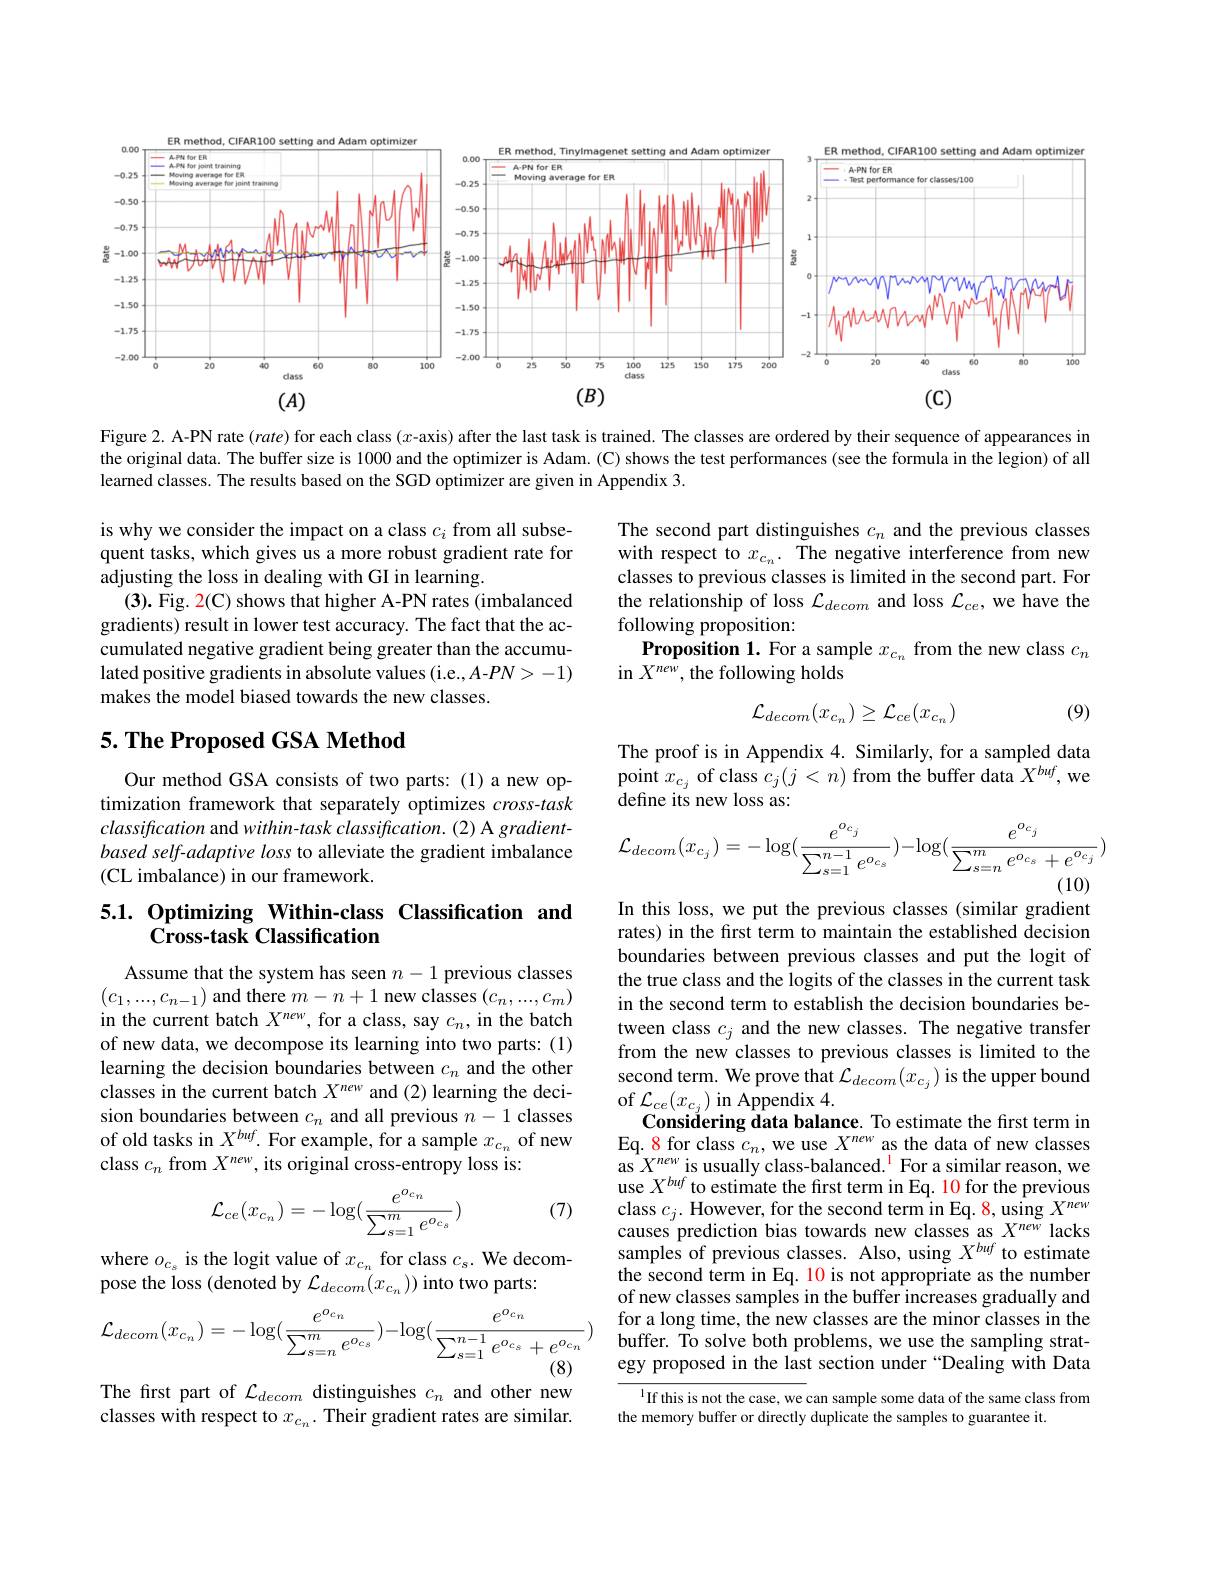
<FigureHere>

Figure 2. A-PN rate (rate) for each class $(x$-axis) after the last task is trained. The classes are ordered by their sequence of appearances in the original data. The buffer size is 1000 and the optimizer is Adam. (C) shows the test performances (see the formula in the legion) of all learned classes. The results based on the SGD optimizer are given in Appendix 3.

The second part distinguishes $c_n$ and the previous classes with respect to $x_{c_n}.$ The negative interference from new classes to previous classes is limited in the second part. For the relationship of loss $\mathcal{L}_decom$ and loss $\mathcal{L}_ce$, we have the following proposition:
Proposition 1. For a sample $x_c_n$ from the new class $c_n$
in $X^{new}$, the following holds

is why we consider the impact on a class $c_i$ from all subsequent tasks, which gives us a more robust gradient rate for adjusting the loss in dealing with GI in learning.
(3). Fig. 2(C) shows that higher A-PN rates (imbalanced gradients) result in lower test accuracy. The fact that the accumulated negative gradient being greater than the accumulated positive gradients in absolute values (i.e.,A-PN>-1) makes the model biased towards the new classes.

(9)
$$\mathcal{L}_{decom}(x_{c_{n}})\geq\mathcal{L}_{ce}(x_{c_{n}})$$
## $5. \textbf{ The Proposed GSA Method}$

The proof is in Appendix 4. Similarly, for a sampled data point $x_{c_j}$ of class $c_j(j<n)$ from the buffer data $\hat{X}^{buf}$, we define its new loss as:

Our method GSA consists of two parts: (1) a new optimization framework that separately optimizes cross-task classification and within- task classification. (2) A gradientbased self-adaptive loss to alleviate the gradient imbalance (CL imbalance) in our framework.
$$\mathcal{L}_{decom}(x_{c_j})=-\log(\frac{e^{o_{c_j}}}{\sum_{s=1}^{n-1}e^{o_{c_s}}})-\log(\frac{e^{o_{c_j}}}{\sum_{s=n}^{m}e^{o_{c_s}}+e^{o_{c_j}}})$$
In this loss, we put the previous classes (similar gradient

# 5.1. Optimizing Within-class Classification and Cross-task Classification

Assume that the system has seen $n-1$ previous classes $(c_1,...,c_{n-1})$ and there $m-n+1$ new classes $(c_n,...,c_m)$ in the current batch $X^{new}$, for a class, say $c_n$, in the batch of new data, we decompose its learning into two parts: (1) learning the decision boundaries between $c_n$ and the other classes in the current batch $X^{new}$ and (2) learning the decision boundaries between $c_n$ and all previous $n-1$ classes of old tasks in $X^{buf}.$ For example, for a sample $x_c_n$ of new class $c_n$ from $X^new$, its original cross-entropy loss is:

rates) in the first term to maintain the established decision boundaries between previous classes and put the logit of the true class and the logits of the classes in the current task in the second term to establish the decision boundaries be- $\begin{array}{l}\text{tween class }c_j\text{ and the new classes. The negative transfer}\\\text{from the new classes to previous classes is limited to the}\end{array}$ second term. We prove that $\mathcal{L}_decom(x_{c_j})$ is the upper bound of $\mathcal{L}_{ce}(x_{c_j})$ in Appendix 4.
Considering data balance. To estimate the first term in Eq. 8 for class $c_n$, we use $X^{new}$ as the data of new classes as $X^{new}$ is usually class-balanced.$^1$ For a similar reason, we use $X^{buf}$ to estimate the first term in Eq. 10 for the previous class $c_j.$ However, for the second term in Eq. 8, using $X^{new}$ causes prediction bias towards new classes as $X^{new}$ lacks samples of previous classes. Also, using $X^{buf}$ to estimate the second term in Eq. 10 is not appropriate as the number of new classes samples in the buffer increases gradually and for a long time, the new classes are the minor classes in the buffer. To solve both problems, we use the sampling strategy proposed in the last section under “Dealing with Data

(7)
$$\mathcal{L}_{ce}(x_{c_n})=-\log(\frac{e^{o_{c_n}}}{\sum_{s=1}^me^{o_{c_s}}})$$
where $o_{c_s}$ is the logit value of $x_{c_n}$ for class $c_s.$ We decom-
pose the loss (denoted by $\mathcal{L}_decom(x_{c_n}))$ into two parts:
$$\mathcal{L}_{decom}(x_{c_n})=-\log(\frac{e^{o_{c_n}}}{\sum_{s=n}^{m}e^{o_{c_s}}})-\log(\frac{e^{o_{c_n}}}{\sum_{s=1}^{n-1}e^{o_{c_s}}+e^{o_{c_n}}})$$
The first part of $\mathcal{L}_decom$ distinguishes $c_n$ and other new classes with respect to $x_{c_n}.$ Their gradient rates are similar.

If this is not the case, we can sample some data of the same class from
the memory buffer or directly duplicate the samples to guarantee it.